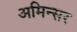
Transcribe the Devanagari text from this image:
अमिन्सर